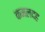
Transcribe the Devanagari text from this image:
कमलदह